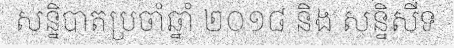
សន្និបាតប្រចាំឆ្នាំ ២០១៨ និង សន្និសីទ